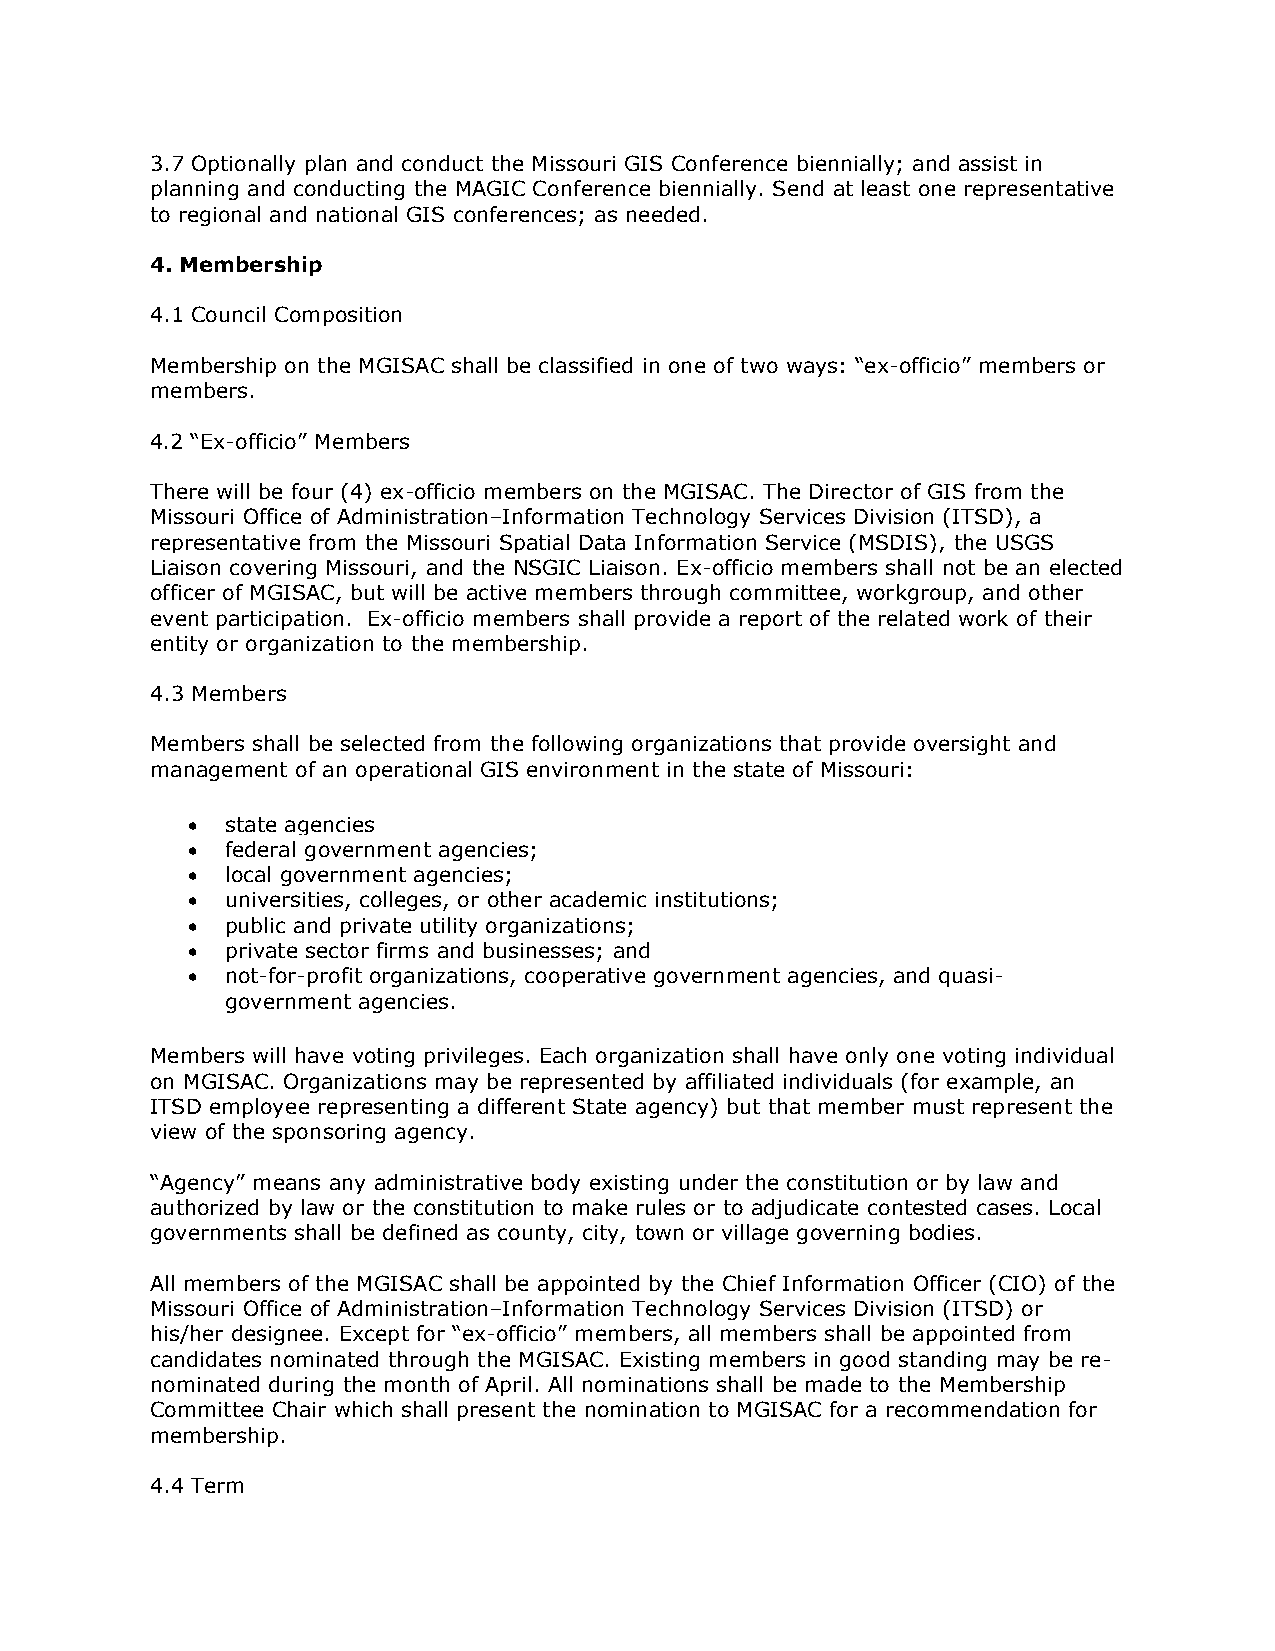
3.7 Optionally plan and conduct the Missouri GIS Conference biennially; and assist in
 planning and conducting the MAGIC Conference biennially. Send at least one representative
 to regional and national GIS conferences; as needed.
 4. Membership
 4.1 Council Composition
 Membership on the MGISAC shall be classified in one of two ways: “ex-officio” members or
 members.
 4.2 “Ex-officio” Members
 There will be four (4) ex-officio members on the MGISAC. The Director of GIS from the
 Missouri Office of Administration–Information Technology Services Division (ITSD), a
 representative from the Missouri Spatial Data Information Service (MSDIS), the USGS
 Liaison covering Missouri, and the NSGIC Liaison. Ex-officio members shall not be an elected
 officer of MGISAC, but will be active members through committee, workgroup, and other
 event participation. Ex-officio members shall provide a report of the related work of their
 entity or organization to the membership.
 4.3 Members
 Members shall be selected from the following organizations that provide oversight and
 management of an operational GIS environment in the state of Missouri:
   state agencies
   federal government agencies;
   local government agencies;
   universities, colleges, or other academic institutions;
   public and private utility organizations;
   private sector firms and businesses; and
   not-for-profit organizations, cooperative government agencies, and quasi-
 government agencies.
 Members will have voting privileges. Each organization shall have only one voting individual
 on MGISAC. Organizations may be represented by affiliated individuals (for example, an
 ITSD employee representing a different State agency) but that member must represent the
 view of the sponsoring agency.
 “Agency” means any administrative body existing under the constitution or by law and
 authorized by law or the constitution to make rules or to adjudicate contested cases. Local
 governments shall be defined as county, city, town or village governing bodies.
 All members of the MGISAC shall be appointed by the Chief Information Officer (CIO) of the
 Missouri Office of Administration–Information Technology Services Division (ITSD) or
 his/her designee. Except for “ex-officio” members, all members shall be appointed from
 candidates nominated through the MGISAC. Existing members in good standing may be re-
 nominated during the month of April. All nominations shall be made to the Membership
 Committee Chair which shall present the nomination to MGISAC for a recommendation for
 membership.
 4.4 Term